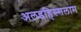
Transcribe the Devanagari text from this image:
अलइहिस्सलाम